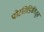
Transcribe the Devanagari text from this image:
पोटतिडिकीतून